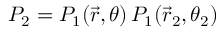
P _ { 2 } = P _ { 1 } ( \vec { r } , \theta ) \, P _ { 1 } ( \vec { r } _ { 2 } , \theta _ { 2 } )